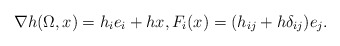
\begin{align*}\nabla h(\Omega,x)=h_{i}e_{i}+hx, F_{i}(x)=(h_{ij}+h\delta_{ij})e_{j}.\end{align*}